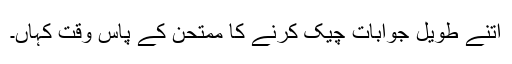
اتنے طویل جوابات چیک کرنے کا ممتحن کے پاس وقت کہاں۔